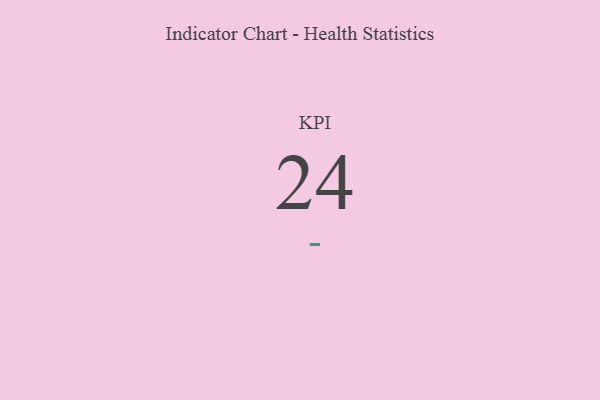
{"axis": {"x": "KPI", "y": "Value"}, "legend": [""], "data": [{"x": "KPI", "y": 24, "type": ""}]}